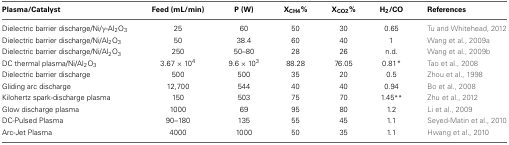
<table><thead><tr><td><b>Plasma/Catalyst</b></td><td><b>Feed (mL/min)</b></td><td><b>P (W)</b></td><td><b>X<sub>CH4</sub>%</b></td><td><b>X<sub>CO2</sub>%</b></td><td><b>H<sub>2</sub>/CO</b></td><td><b>References</b></td></tr></thead><tbody><tr><td>Dielectric barrier discharge/Ni/γ-Al<sub>2</sub>O<sub>3</sub></td><td>25</td><td>60</td><td>50</td><td>30</td><td>0.65</td><td>Tu and Whitehead, 2012</td></tr><tr><td>Dielectric barrier discharge/Ni/Al<sub>2</sub>O<sub>3</sub></td><td>50</td><td>38.4</td><td>60</td><td>40</td><td>1</td><td>Wang et al., 2009a</td></tr><tr><td>Dielectric barrier discharge/Ni/Al<sub>2</sub>O<sub>3</sub></td><td>250</td><td>50–80</td><td>28</td><td>26</td><td>n.d.</td><td>Wang et al., 2009b</td></tr><tr><td>DC thermal plasma/Ni/Al<sub>2</sub>O<sub>3</sub></td><td>3.67 × 10<sup>4</sup></td><td>9.6 × 10<sup>3</sup></td><td>88.28</td><td>76.05</td><td>0.81<sup>*</sup></td><td>Tao et al., 2008</td></tr><tr><td>Dielectric barrier discharge</td><td>500</td><td>500</td><td>35</td><td>20</td><td>0.5</td><td>Zhou et al., 1998</td></tr><tr><td>Gliding arc discharge</td><td>12,700</td><td>544</td><td>40</td><td>40</td><td>0.94</td><td>Bo et al., 2008</td></tr><tr><td>Kilohertz spark-discharge plasma</td><td>150</td><td>503</td><td>75</td><td>70</td><td>1.45<sup>**</sup></td><td>Zhu et al., 2012</td></tr><tr><td>Glow discharge plasma</td><td>1000</td><td>69</td><td>95</td><td>80</td><td>1.2</td><td>Li et al., 2009</td></tr><tr><td>DC-Pulsed Plasma</td><td>90–180</td><td>135</td><td>55</td><td>45</td><td>1.1</td><td>Seyed-Matin et al., 2010</td></tr><tr><td>Arc-Jet Plasma</td><td>4000</td><td>1000</td><td>50</td><td>35</td><td>1.1</td><td>Hwang et al., 2010</td></tr></tbody></table>